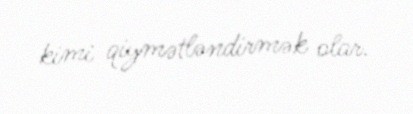
kimi qiymətləndirmək olar.